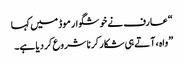
“ عارف نے خوشگوار موڈ میں کہا
” واہ ، آتے ہی شکار کرنا شروع کردیا ہے۔